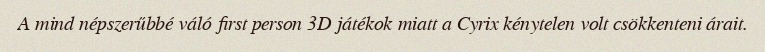
A mind népszerűbbé váló first person 3D játékok miatt a Cyrix kénytelen volt csökkenteni árait.